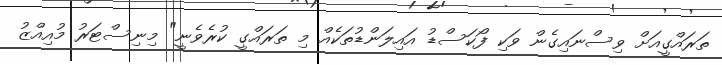
ތަރައްގީއަށް ވިސްނައިގެން ވަކި ފޯކަސްޑު އައިލަންޑުތަކެއް މި ތަރައްގީ ކުރެވެނީ" މިނިސްޓަރު މުއިއްޒު